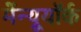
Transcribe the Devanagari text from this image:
मेंन्यूयॉर्क